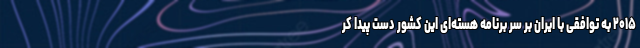
۲۰۱۵ به توافقی با ایران بر سر برنامه هسته‌ای این کشور دست پیدا کر